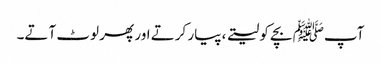
آپﷺ بچے کو لیتے ، پیار کرتے اور پھر لوٹ آتے۔